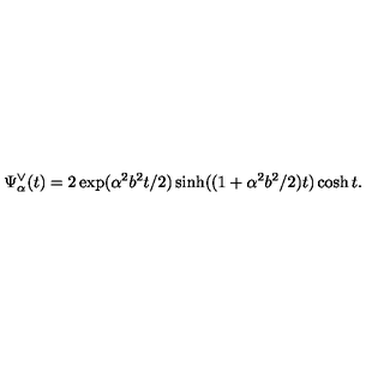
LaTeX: \Psi _ { \alpha } ^ { \vee } ( t ) = 2 \exp ( \alpha ^ { 2 } b ^ { 2 } t / 2 ) \sinh ( ( 1 + \alpha ^ { 2 } b ^ { 2 } / 2 ) t ) \cosh t .